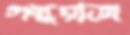
গন্ধরাজ